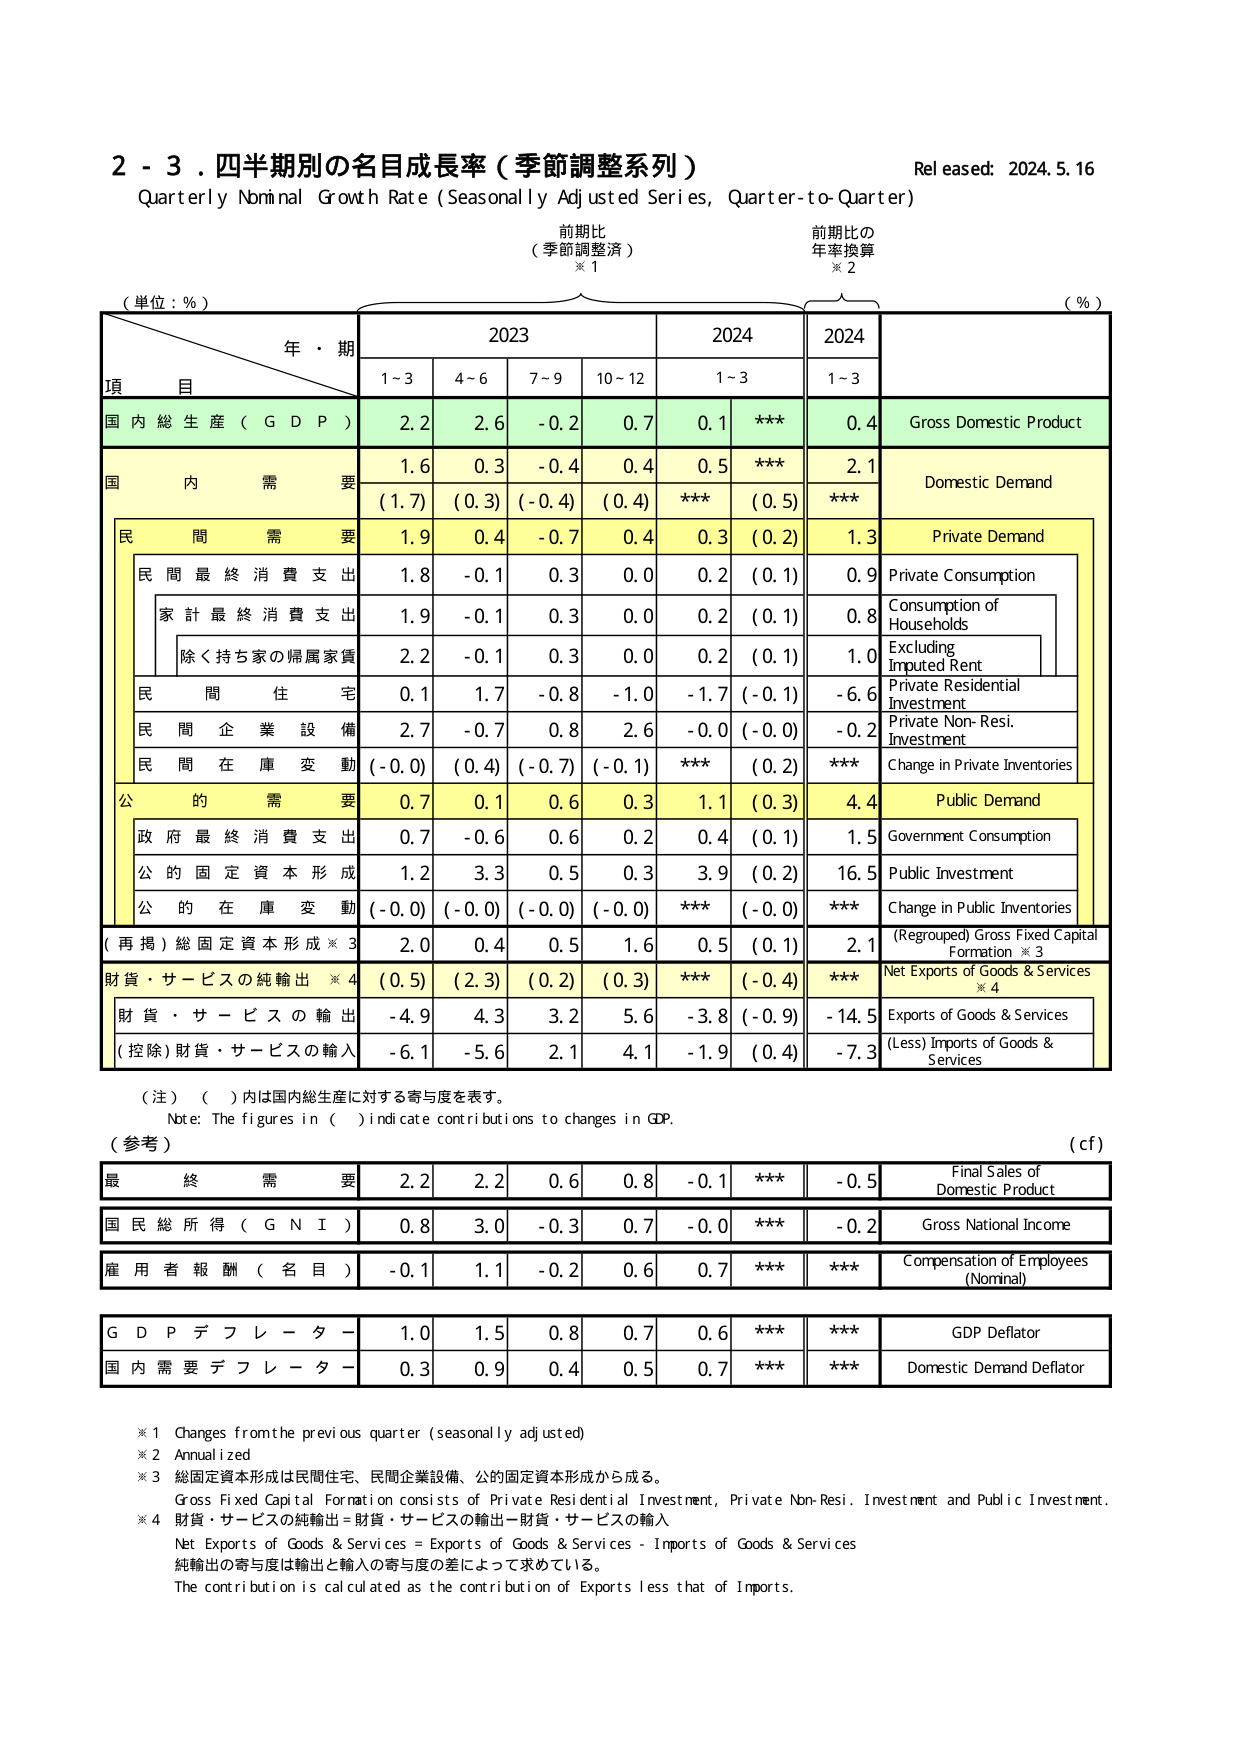
2 - 3. 四半期別の名目成長率（季節調整系列）
Quarterly Nominal Growth Rate (Seasonally Adjusted Series, Quarter-to-Quarter)
Released: 2024.5.16
前期比
（季節調整済）
※1
前期比の
年率換算
※2
（単位：％）
（％）
年・期
2023
2024
2024
項
目
1~3
4~6
7~9
10~12
1~3
1~3
国内総生産（GDP）
2.2
2.6
-0.2
0.7
0.1
***
0.4
Gross Domestic Product
国内需要
1.6
0.3
-0.4
0.4
0.5
***
2.1
Domestic Demand
(1.7)
(0.3)
(-0.4)
(0.4)
***
(0.5)
***
民間需要
1.9
0.4
-0.7
0.4
0.3
(0.2)
1.3
Private Demand
民間最終消費支出
1.8
-0.1
0.3
0.0
0.2
(0.1)
0.9
Private Consumption
家計最終消費支出
1.9
-0.1
0.3
0.0
0.2
(0.1)
0.8
Consumption of Households
除く持ち家の帰属家賃
2.2
-0.1
0.3
0.0
0.2
(0.1)
1.0
Excluding Imputed Rent
民間住宅
0.1
1.7
-0.8
-1.0
-1.7
(-0.1)
-6.6
Private Residential Investment
民間企業設備
2.7
-0.7
0.8
2.6
-0.0
(-0.0)
-0.2
Private Non-Resi. Investment
民間在庫変動
(-0.0)
(0.4)
(-0.7)
(-0.1)
***
(0.2)
***
Change in Private Inventories
公的需要
0.7
0.1
0.6
0.3
1.1
(0.3)
4.4
Public Demand
政府最終消費支出
0.7
-0.6
0.6
0.2
0.4
(0.1)
1.5
Government Consumption
公的固定資本形成
1.2
3.3
0.5
0.3
3.9
(0.2)
16.5
Public Investment
公的在庫変動
(-0.0)
(-0.0)
(-0.0)
(-0.0)
***
(-0.0)
***
Change in Public Inventories
（再掲）総固定資本形成※3
2.0
0.4
0.5
1.6
0.5
(0.1)
2.1
(Regrouped) Gross Fixed Capital Formation ※3
財貨・サービスの純輸出※4
(0.5)
(2.3)
(0.2)
(0.3)
***
(-0.4)
***
Net Exports of Goods & Services ※4
財貨・サービスの輸出
-4.9
4.3
3.2
5.6
-3.8
(-0.9)
-14.5
Exports of Goods & Services
（控除）財貨・サービスの輸入
-6.1
-5.6
2.1
4.1
-1.9
(0.4)
-7.3
(Less) Imports of Goods & Services
（注）（ ）内は国内総生産に対する寄与度を表す。
Note: The figures in ( ) indicate contributions to changes in GDP.
（参考）
(cf)
最終需要
2.2
2.2
0.6
0.8
-0.1
***
-0.5
Final Sales of Domestic Product
国民総所得（GNI）
0.8
3.0
-0.3
0.7
-0.0
***
-0.2
Gross National Income
雇用者報酬（名目）
-0.1
1.1
-0.2
0.6
0.7
***
***
Compensation of Employees (Nominal)
GDPデフレーター
1.0
1.5
0.8
0.7
0.6
***
***
GDP Deflator
国内需要デフレーター
0.3
0.9
0.4
0.5
0.7
***
***
Domestic Demand Deflator
※1 Changes from the previous quarter (seasonally adjusted)
※2 Annualized
※3 総固定資本形成は民間住宅、民間企業設備、公的固定資本形成から成る。
Gross Fixed Capital Formation consists of Private Residential Investment, Private Non-Resi. Investment and Public Investment.
※4 財貨・サービスの純輸出＝財貨・サービスの輸出－財貨・サービスの輸入
Net Exports of Goods & Services = Exports of Goods & Services - Imports of Goods & Services
純輸出の寄与度は輸出と輸入の寄与度の差によって求めている。
The contribution is calculated as the contribution of Exports less that of Imports.